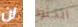
لن ابحثوا